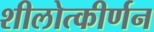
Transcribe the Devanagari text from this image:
शीलोत्कीर्णन